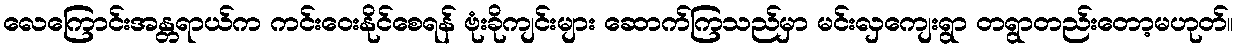
လေကြောင်းအန္တရာယ်က ကင်းဝေးနိုင်စေရန် ဗုံးခိုကျင်းများ ဆောက်ကြသည်မှာ မင်းလှကျေးရွာ တရွာတည်းတော့မဟုတ်။